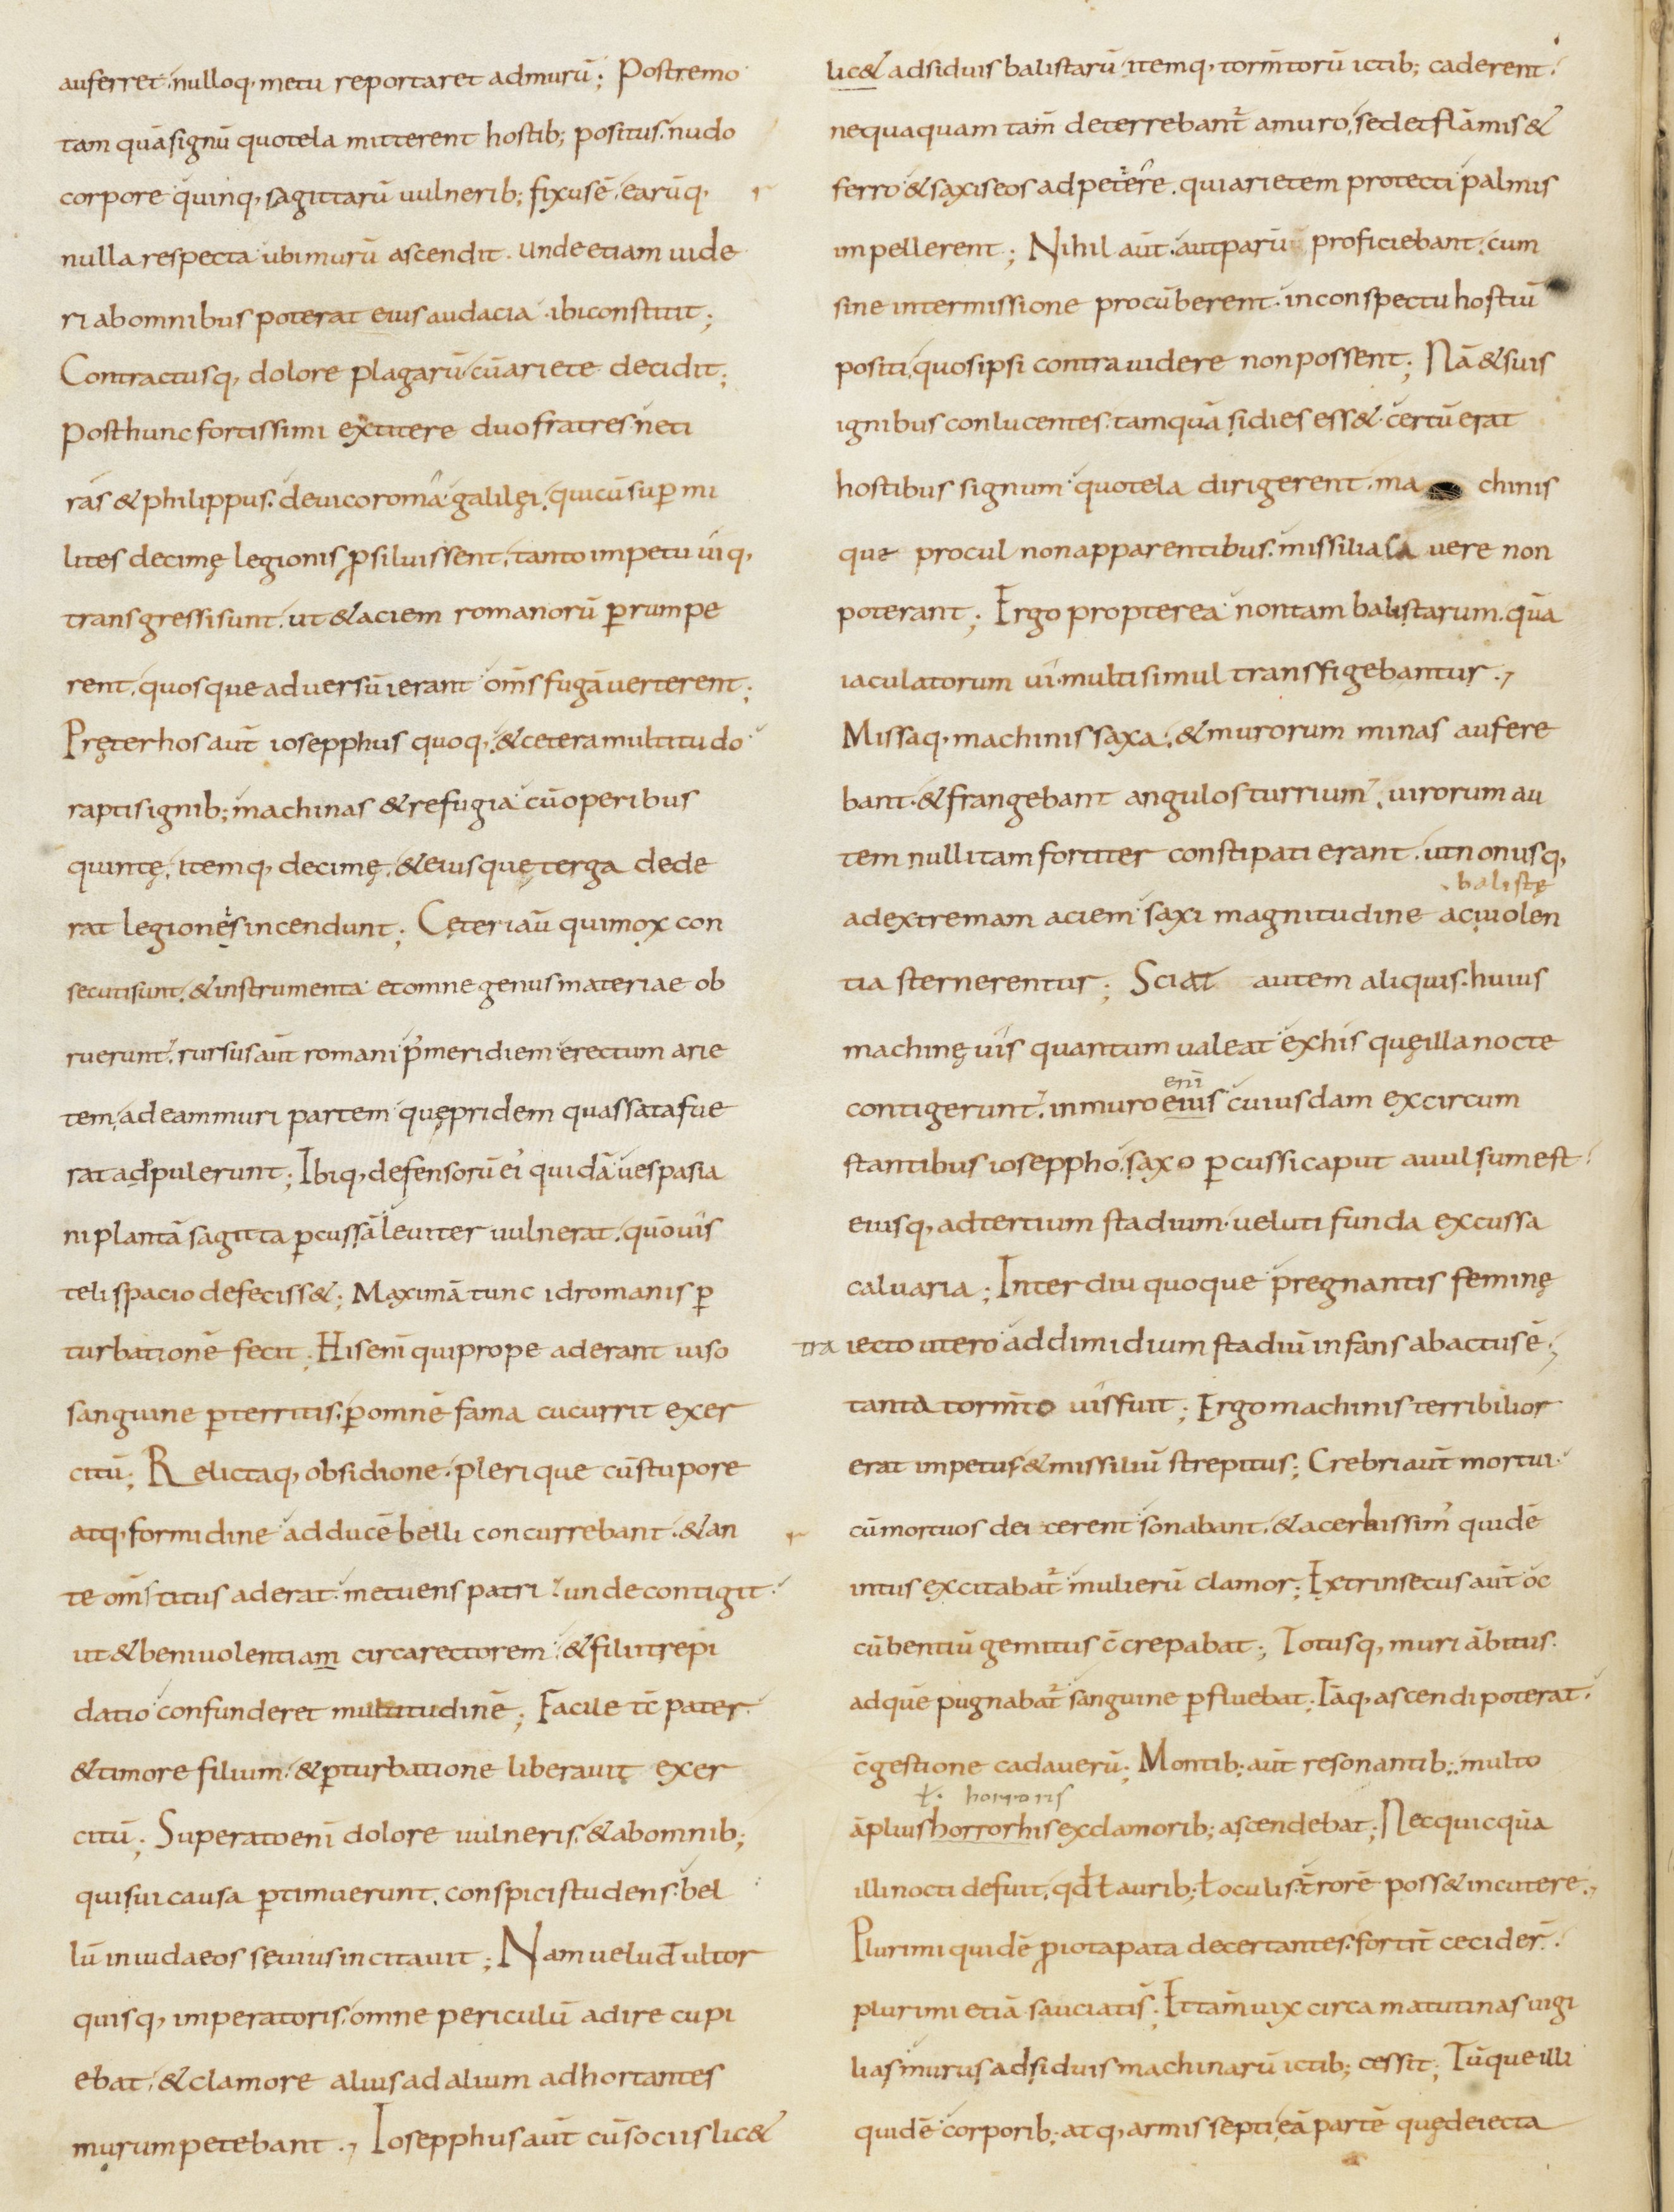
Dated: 800–899